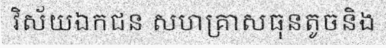
វិស័យឯកជន សហគ្រាសធុនតូចនិង